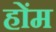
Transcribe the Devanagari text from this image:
होंम